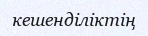
кешенділіктің